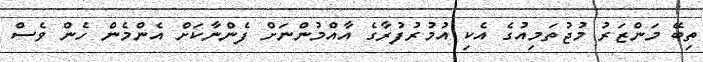
ތިބޭ މަންޒަރު މުޖުތަމިއުގެ އެކި އުމުރުފުރާގެ އާއްމުންނަށް ފެންނާކަށް އެންމެން ހެން ވެސް